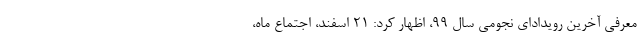
معرفی آخرین رویدادای نجومی سال ۹۹، اظهار کرد: ۲۱ اسفند، اجتماع ماه،